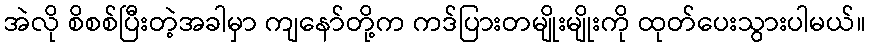
အဲလို စိစစ်ပြီးတဲ့အခါမှာ ကျနော်တို့က ကဒ်ပြားတမျိုးမျိုးကို ထုတ်ပေးသွားပါမယ်။